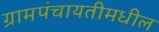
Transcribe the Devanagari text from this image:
ग्रामपंचायतीमधील